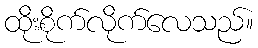
ထိုးစိုက်လိုက်လေသည်။